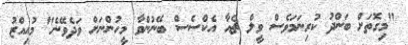
"މިގޮތަށް ބަންދު ކުރިނަމަވެސް ވީލް ޗެއާ އެކްސެސް ބޭނުންވާ މީހުންނަށް ވަދެވޭނެ" މުއިއްޒު